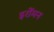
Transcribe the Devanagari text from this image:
इरोंमन